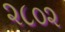
૨૮૦૨